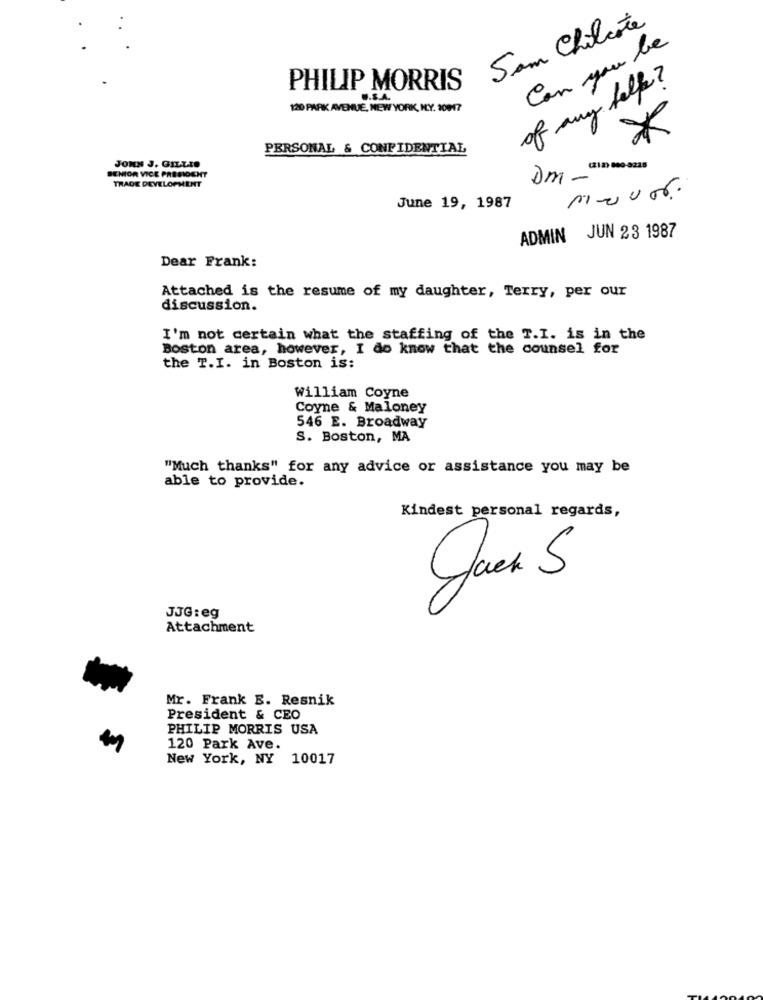
Sam Chilcote
Can you be
of any help?
PHILIP MORRIS
U.S.A.
120 PARK AVENUE, NEW YORK, NY. 20017
PERSONAL & CONFIDENTIAL
JOHN J. GILLIS
(212)-800-9225
EMIOR VICE PRESIOCHY
Dm -
TRADE DEVELOPMENT
June 19, 1987
ADMIN JUN 23 1987
Dear Frank:
Attached is the resume of my daughter, Terry, per our
discussion.
I'm not certain what the staffing of the T.I. is in the
Boston area, however, I do know that the counsel for
the T.I. in Boston is:
William Coyne
Coyne & Maloney
546 E. Broadway
S. Boston, MA
"Much thanks" for any advice or assistance you may be
able to provide.
Kindest personal regards,
JJG: eg
Attachment
Mr. Frank E. Resnik
President & CEO
PHILIP MORRIS USA
120 Park Ave.
New York, NY 10017